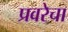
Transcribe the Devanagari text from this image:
प्रवरेचा